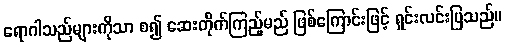
ရောဂါသည်များကိုသာ စ၍ ဆေးတိုက်ကြည့်မည် ဖြစ်ကြောင်းဖြင့် ရှင်းလင်းပြသည်။